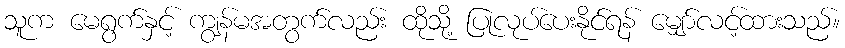
သူက မေရွက်နှင့် ကျွန်မအတွက်လည်း ထိုသို့ ပြုလုပ်ပေးနိုင်ရန် မျှော်လင့်ထားသည်။